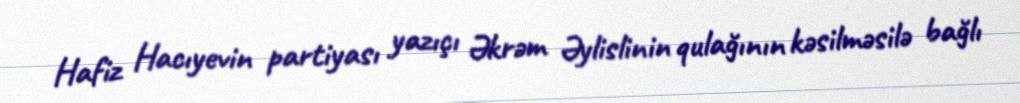
Hafiz Hacıyevin partiyası yazıçı Əkrəm Əylislinin qulağının kəsilməsilə bağlı